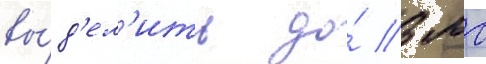
вы́д'ел'ить до́ 3 мг